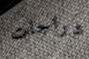
دراجات